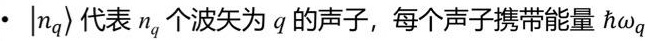
$\cdot |n_q\rangle$ 代表 $n_q$ 个波矢为 $q$ 的声子，每个声子携带能量 $\hbar\omega_q$